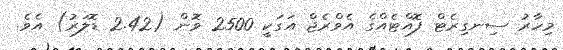
މިހާރު ސިނގިރެޓް ފޮއްޓެއްގެ އެވްރެޖް އަގަކީ 2500 ވޮން (2.42 ޑޮލަރު) އެވެ.